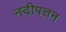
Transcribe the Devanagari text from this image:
नदीपत्तन